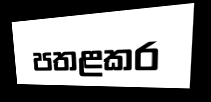
පතළකර